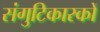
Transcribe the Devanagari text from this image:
संगुटिकारकों